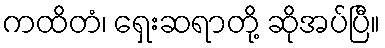
ကထိတံ၊ ရှေးဆရာတို့ ဆိုအပ်ပြီ။